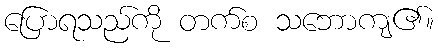
ပြောရသည်ကို တက်စ သဘောကျ၏။